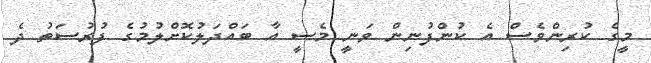
މީގެ ކުރިންވެސް އެ ކުންފުނިން ވަނީ މެސީ އާ ބައްދަލުކޮށްލުމުގެ ފުރުސަތު ދެ